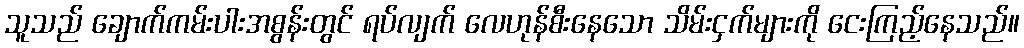
သူသည် ချောက်ကမ်းပါးအစွန်းတွင် ရပ်လျက် လေဟုန်စီးနေသော သိမ်းငှက်များကို ငေးကြည့်နေသည်။